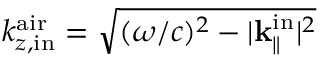
k _ { z , \mathrm { i n } } ^ { \mathrm { a i r } } = \sqrt { ( \omega / c ) ^ { 2 } - | { \bf k } _ { \parallel } ^ { \mathrm { i n } } | ^ { 2 } }